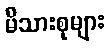
မိသားစုများ